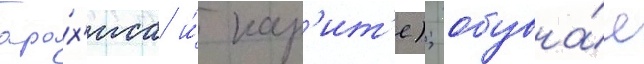
ара́х'иса и́ кар'ит'е); обувна́я